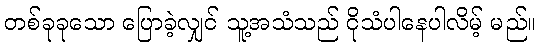
တစ်ခုခုသော ပြောခဲ့လျှင် သူ့အသံသည် ငိုသံပါနေပါလိမ့် မည်။